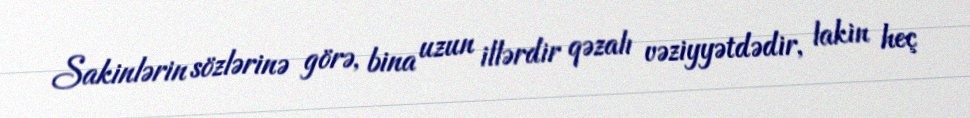
Sakinlərin sözlərinə görə, bina uzun illərdir qəzalı vəziyyətdədir, lakin heç